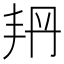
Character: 𠂴